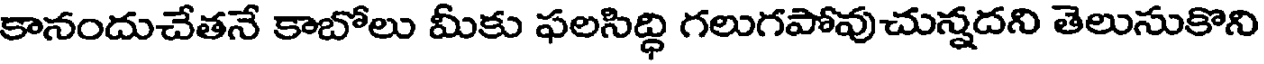
కానందుచేతనే కాబోలు మీకు ఫలసిద్ధి గలుగపోవుచున్నదని తెలుసుకొని